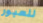
للعبور